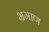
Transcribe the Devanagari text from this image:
भ्रमाण